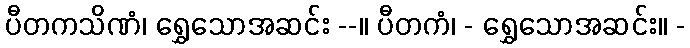
ပီတကသိဏံ၊ ရွှေသောအဆင်း --။ ပီတကံ၊ - ရွှေသောအဆင်း။ -